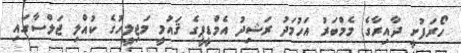
ހޯރަފުށީ ދާއިރާގެ މެމްބަރު އަހުމަދު ރަޝިދު އެމްޑީޕީގެ ޤައުމީ މަޖިލީހުގެ ކުއްލި ޖަލްސާގައި